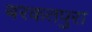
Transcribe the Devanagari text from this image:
बरकतपुरा